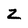
Character: Z